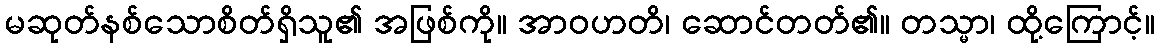
မဆုတ်နစ်သောစိတ်ရှိသူ၏ အဖြစ်ကို။ အာဝဟတိ၊ ဆောင်တတ်၏။ တသ္မာ၊ ထို့ကြောင့်။